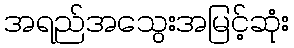
အရည်အသွေးအမြင့်ဆုံး